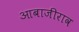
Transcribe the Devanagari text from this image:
आबाजीराव